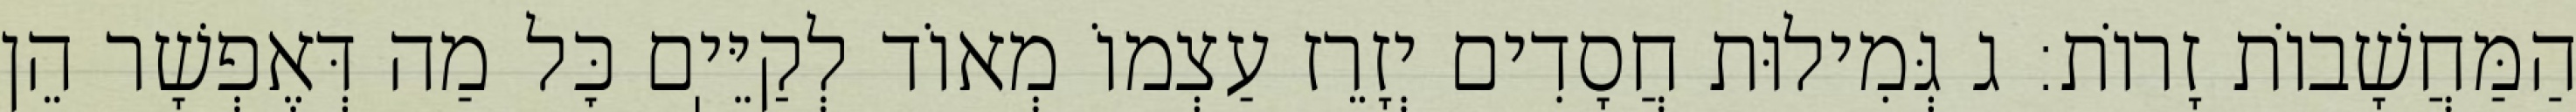
הַמַּחֲשָׁבוֹת זָרוֹת: ג גְּמִילוּת חֲסָדִים יְזָרֵז עַצְמוֹ מְאוֹד לְקַיֵּיֽם כׇּל מַה דְּאֶפְשָׁר הֵן